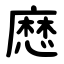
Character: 㦄